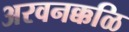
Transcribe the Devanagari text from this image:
अरवनक्कळि